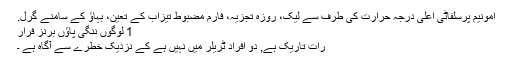
امونیم پرسلفاٹی اعلی درجہ حرارت کی طرف سے لیک، روزہ تجزیہ، فارم مضبوط تیزاب کے تعین، بہاؤ کے سامنے گرل.
1 لوگوں ننگی پاؤں برنز فرار
رات تاریک ہے, دو افراد ٹریلر میں نہیں ہے کے نزدیک خطرے سے آگاہ ہے ۔